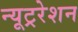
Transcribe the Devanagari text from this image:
न्यूट्ररेशन